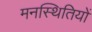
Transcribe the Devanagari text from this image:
मनस्थितियों